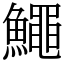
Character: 鱦